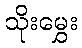
သိုးမွှေး